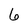
Character: 6